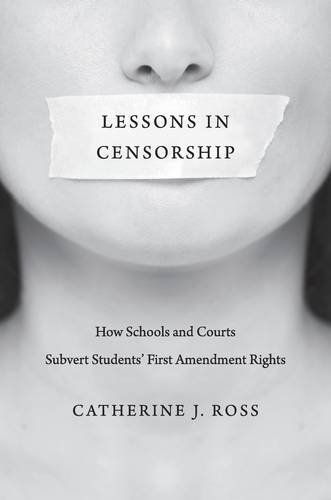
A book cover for Lessons in Censorship: How Schools and Courts Subvert Students' First Amendment Rights; Catherine J. Ross; Law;